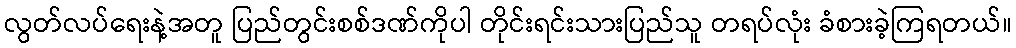
လွတ်လပ်ရေးနဲ့အတူ ပြည်တွင်းစစ်ဒဏ်ကိုပါ တိုင်းရင်းသားပြည်သူ တရပ်လုံး ခံစားခဲ့ကြရတယ်။